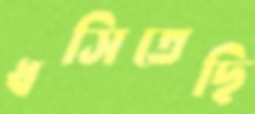
ধসিতেছি